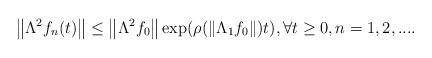
LaTeX: \begin{align*}\left\| \Lambda^2 f_n(t)\right\| \leq \left\| \Lambda^2 f_0\right\| \exp (\rho(\left\| \Lambda_1f_0\right\| )t), \forall t \geq 0, n=1,2,.... \end{align*}